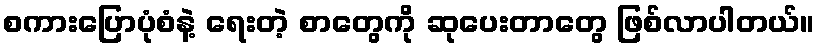
စကားပြောပုံစံနဲ့ ရေးတဲ့ စာတွေကို ဆုပေးတာတွေ ဖြစ်လာပါတယ်။